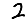
Digit: 2